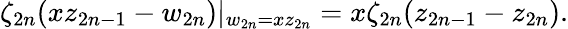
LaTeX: \zeta_{2n}(xz_{2n-1}-w_{2n})|_{w_{2n}=xz_{2n}}=x\zeta_{2n}(z_{2n-1}-z_{2n}).